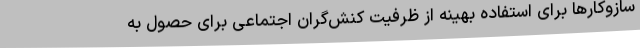
سازوکارها برای استفاده بهینه از ظرفیت کنش‌گران اجتماعی برای حصول به